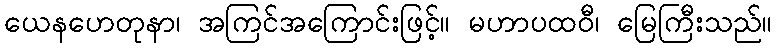
ယေနဟေတုနာ၊ အကြင်အကြောင်းဖြင့်။ မဟာပထဝီ၊ မြေကြီးသည်။